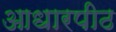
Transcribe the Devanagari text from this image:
आधारपीठ